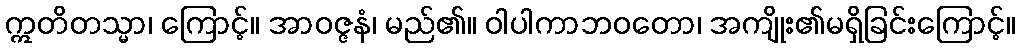
ဣတိတသ္မာ၊ ကြောင့်။ အာဝဇ္ဇနံ၊ မည်၏။ ဝါပါကာဘဝတော၊ အကျိုး၏မရှိခြင်းကြောင့်။